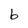
Character: b